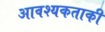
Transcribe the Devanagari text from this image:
आवश्‍यकताकी